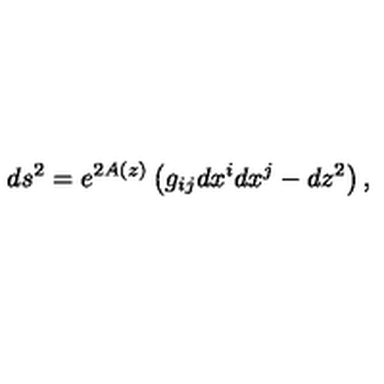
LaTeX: d s ^ { 2 } = e ^ { 2 A ( z ) } \left( g _ { i j } d x ^ { i } d x ^ { j } - d z ^ { 2 } \right) ,